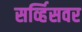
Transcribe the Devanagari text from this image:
सर्व्हिसवर